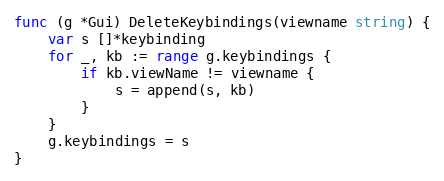
Language: Go
func (g *Gui) DeleteKeybindings(viewname string) {
	var s []*keybinding
	for _, kb := range g.keybindings {
		if kb.viewName != viewname {
			s = append(s, kb)
		}
	}
	g.keybindings = s
}